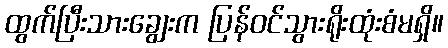
ထွက်ပြီးသားချွေးက ပြန်ဝင်သွားရိုးထုံးစံမရှိ။